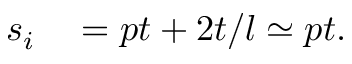
\begin{array} { r l } { s _ { i } } & { { } = p t + 2 t / l \simeq p t . } \end{array}